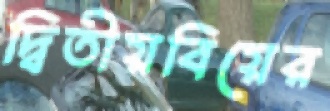
দ্বিতীয়বিয়ের